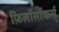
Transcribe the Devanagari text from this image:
फ़िलॉसॉफर्स्